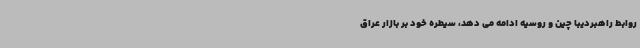
روابط راهبردیبا چین و روسیه ادامه می دهد، سیطره خود بر بازار عراق